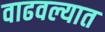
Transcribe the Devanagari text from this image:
वाढवल्यात